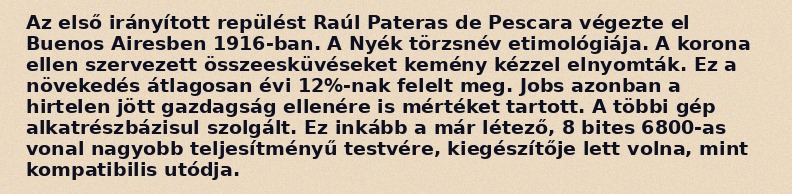
Az első irányított repülést Raúl Pateras de Pescara végezte el Buenos Airesben 1916-ban. A Nyék törzsnév etimológiája. A korona ellen szervezett összeesküvéseket kemény kézzel elnyomták. Ez a növekedés átlagosan évi 12%-nak felelt meg. Jobs azonban a hirtelen jött gazdagság ellenére is mértéket tartott. A többi gép alkatrészbázisul szolgált. Ez inkább a már létező, 8 bites 6800-as vonal nagyobb teljesítményű testvére, kiegészítője lett volna, mint kompatibilis utódja.